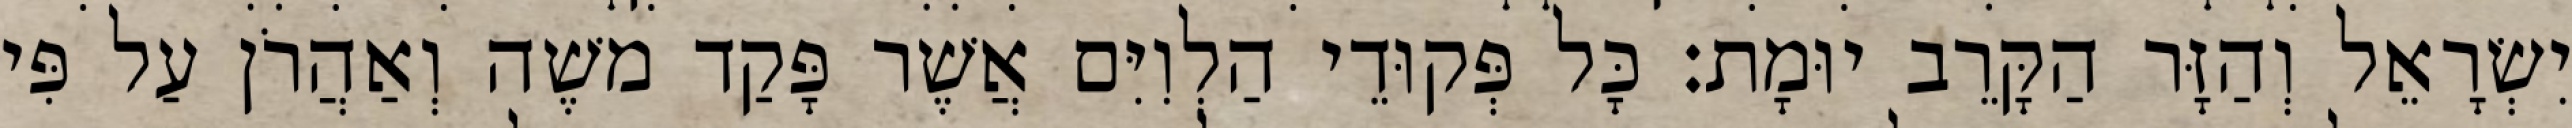
יִשְׂרָאֵל וְהַזָּר הַקָּרֵב יוּמָת׃ כָּל פְּקוּדֵי הַלְוִיִּם אֲשֶׁר פָּקַד משֶׁה וְאַהֲרֹן עַל פִּי